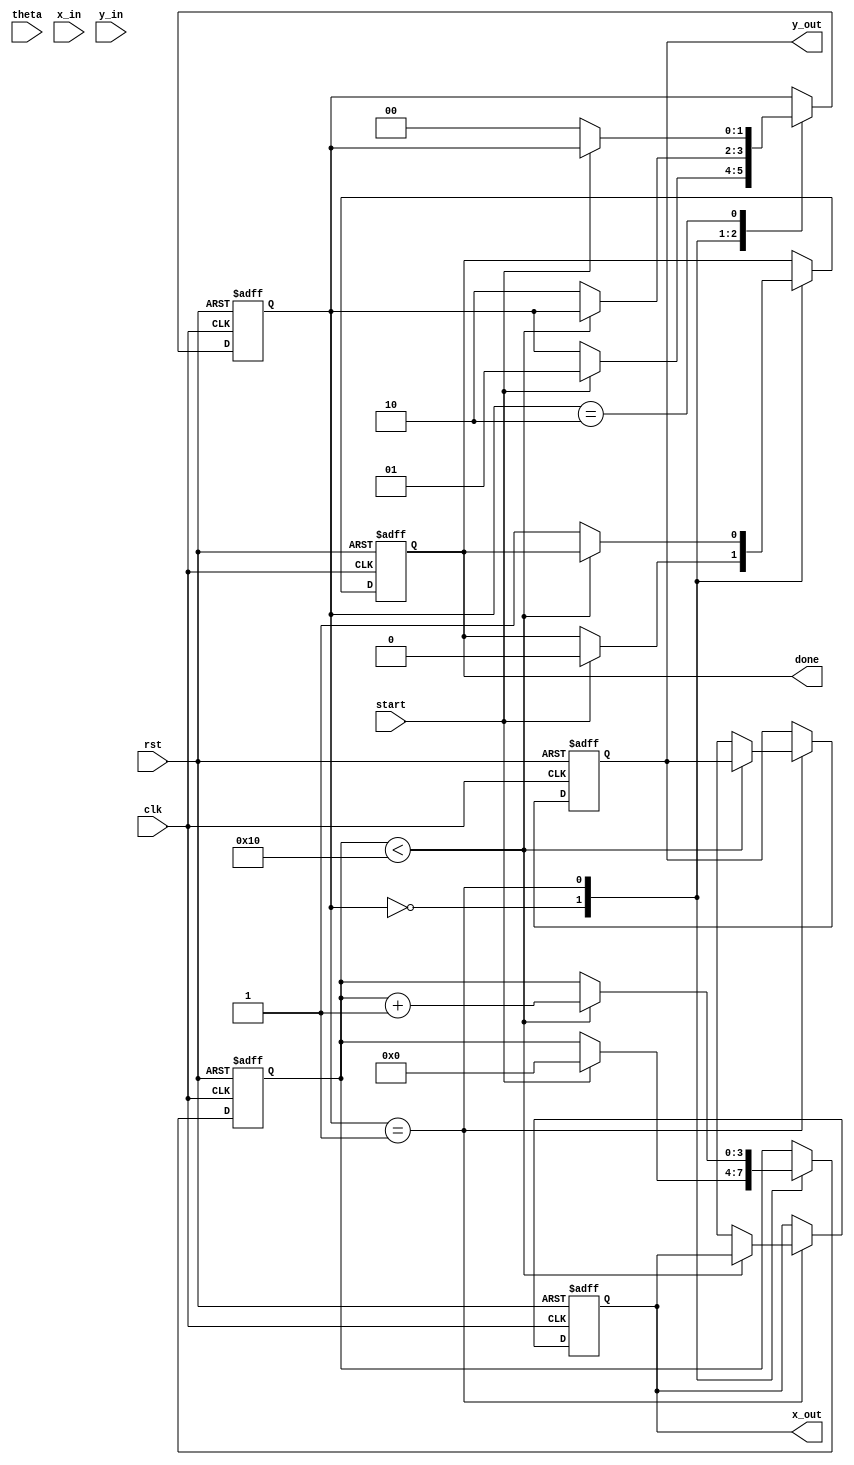
module cordic (
    input wire clk,
    input wire rst,
    input wire start,
    input wire [15:0] theta, // Input angle in fixed-point representation
    input wire [15:0] x_in,   // Input x coordinate
    input wire [15:0] y_in,   // Input y coordinate
    output reg [15:0] x_out,  // Output x coordinate
    output reg [15:0] y_out,  // Output y coordinate
    output reg done           // Completion signal
);

    parameter N = 16; // Number of iterations
    parameter SCALE_FACTOR = 16'h26DD; // Scaling factor (approx 0.607)

    reg [15:0] atan_table [0:N-1]; // Lookup table for atan(2^(-i))
    reg [15:0] x [0:N-1]; // x values during iterations
    reg [15:0] y [0:N-1]; // y values during iterations
    reg [15:0] theta_reg; // Current angle
    reg [3:0] iter; // Iteration counter
    reg [1:0] state; // State machine

    // State definitions
    localparam IDLE = 2'b00;
    localparam RUN = 2'b01;
    localparam DONE = 2'b10;

    // Initialize the atan_table with pre-computed values
    initial begin
        atan_table[0] = 16'h2000; // atan(1) = pi/4 in fixed-point
        atan_table[1] = 16'h1000; // atan(0.5) = pi/6 in fixed-point
        atan_table[2] = 16'h0800; // atan(0.25) = pi/12 in fixed-point
        // Fill in the rest of the atan_table as needed
        // ...
    end

    // State machine for CORDIC operation
    always @(posedge clk or posedge rst) begin
        if (rst) begin
            state <= IDLE;
            iter <= 0;
            done <= 0;
            x_out <= 0;
            y_out <= 0;
        end else begin
            case (state)
                IDLE: begin
                    if (start) begin
                        // Initialize values
                        x[0] <= x_in;
                        y[0] <= y_in;
                        theta_reg <= theta;
                        iter <= 0;
                        state <= RUN;
                        done <= 0;
                    end
                end

                RUN: begin
                    if (iter < N) begin
                        // CORDIC rotation logic
                        if (theta_reg < 0) begin
                            x[iter + 1] <= x[iter] + (y[iter] >>> iter);
                            y[iter + 1] <= y[iter] - (x[iter] >>> iter);
                            theta_reg <= theta_reg + atan_table[iter];
                        end else begin
                            x[iter + 1] <= x[iter] - (y[iter] >>> iter);
                            y[iter + 1] <= y[iter] + (x[iter] >>> iter);
                            theta_reg <= theta_reg - atan_table[iter];
                        end
                        iter <= iter + 1;
                    end else begin
                        // Final output after iterations
                        x_out <= x[N];
                        y_out <= y[N] * SCALE_FACTOR; // Apply scaling factor
                        done <= 1;
                        state <= DONE;
                    end
                end

                DONE: begin
                    if (!start) begin
                        state <= IDLE; // Reset state
                    end
                end
            endcase
        end
    end

endmodule